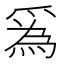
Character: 𤔡